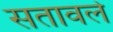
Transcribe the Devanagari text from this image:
सतावले